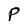
Character: P